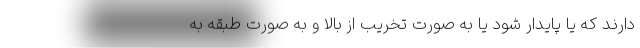
دارند که یا پایدار شود یا به صورت تخریب از بالا و به صورت طبقه به